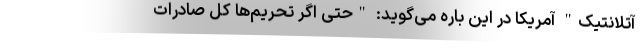
آتلانتیک" آمریکا در این باره می‌گوید: "حتی اگر تحریم‌ها کل صادرات